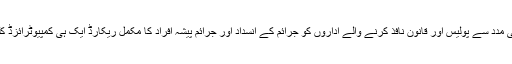
کریمنل واچ ونگ کی مدد سے پولیس اور قانون نافذ کرنے والے اداروں کو جرائم کے انسداد اور جرائم پیشہ افراد کا مکمل ریکارڈ ایک ہی کمپیوٹرائزڈ کلک پر دستیاب ہوگا۔